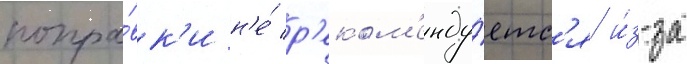
попра́вк'и н'е́ р'еком'енду́етс'я и́з-за